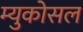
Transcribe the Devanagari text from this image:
म्युकोसल